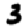
Digit: 3